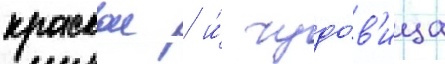
краскои / и́ чудо́в'ища